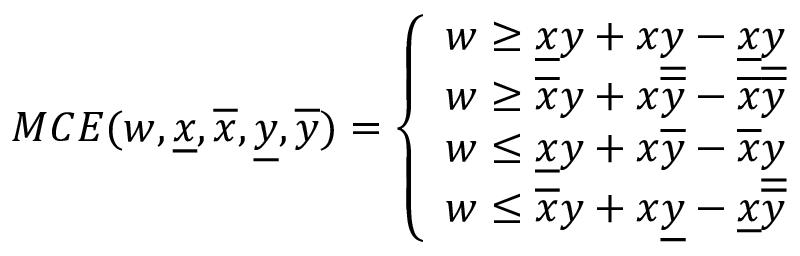
M C E ( w , \underline { { x } } , \overline { { x } } , \underline { { y } } , \overline { { y } } ) = \left\{ \begin{array} { l l } { w \ge \underline { { x } } y + x \underline { { y } } - \underline { { x } } \underline { { y } } } \\ { w \ge \overline { { x } } y + x \overline { { y } } - \overline { { x } } \overline { { y } } } \\ { w \le \underline { { x } } y + x \overline { { y } } - \overline { { x } } \underline { { y } } } \\ { w \le \overline { { x } } y + x \underline { { y } } - \underline { { x } } \overline { { y } } } \end{array} \right.